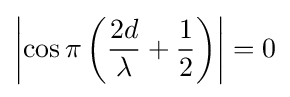
\left|\cos \pi \left({2d \over \lambda }+{1 \over 2}\right)\right|=0